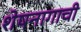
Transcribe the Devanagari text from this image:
शेषनागाची